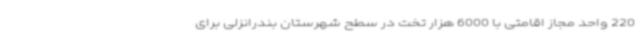
220 واحد مجاز اقامتی با 6000 هزار تخت در سطح شهرستان بندرانزلی برای